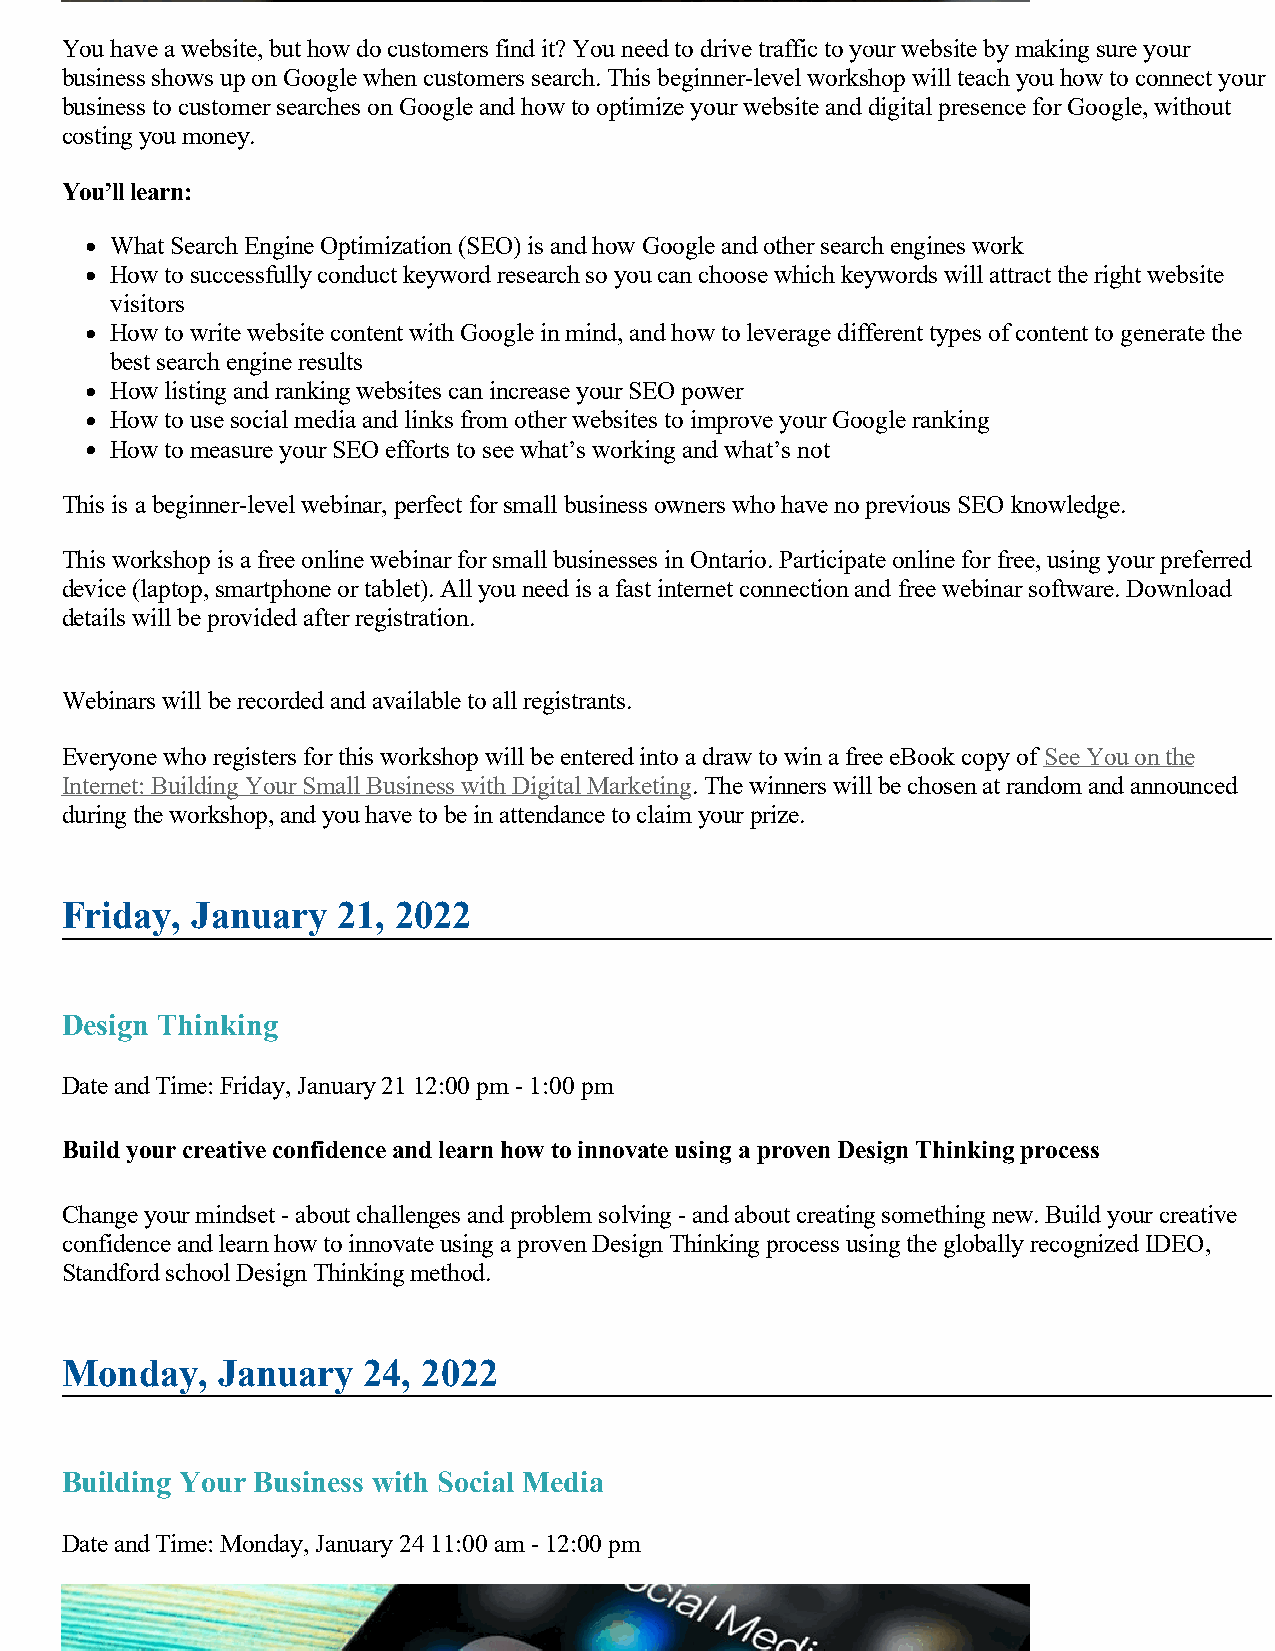
You have a website, but how do customers find it? You need to drive traffic to your website by making sure your
 business shows up on Google when customers search. This beginner-level workshop will teach you how to connect your
 business to customer searches on Google and how to optimize your website and digital presence for Google, without
 costing you money.
 You’ll learn:
 What Search Engine Optimization (SEO) is and how Google and other search engines work
 How to successfully conduct keyword research so you can choose which keywords will attract the right website
 visitors
 How to write website content with Google in mind, and how to leverage different types of content to generate the
 best search engine results
 How listing and ranking websites can increase your SEO power
 How to use social media and links from other websites to improve your Google ranking
 How to measure your SEO efforts to see what’s working and what’s not
 This is a beginner-level webinar, perfect for small business owners who have no previous SEO knowledge.
 This workshop is a free online webinar for small businesses in Ontario. Participate online for free, using your preferred
 device (laptop, smartphone or tablet). All you need is a fast internet connection and free webinar software. Download
 details will be provided after registration.
 Webinars will be recorded and available to all registrants.
 Everyone who registers for this workshop will be entered into a draw to win a free eBook copy of See You on the
 Internet: Building Your Small Business with Digital Marketing. The winners will be chosen at random and announced
 during the workshop, and you have to be in attendance to claim your prize.
 Friday,  January  21, 2022
 Design Thinking
 Date and Time: Friday, January 21 12:00 pm - 1:00 pm
 Build your creative confidence and learn how to innovate using a proven Design Thinking process
 Change your mindset - about challenges and problem solving - and about creating something new. Build your creative
 confidence and learn how to innovate using a proven Design Thinking process using the globally recognized IDEO,
 Standford school Design Thinking method.
 Monday,   January   24, 2022
 Building Your Business with Social Media
 Date and Time: Monday, January 24 11:00 am - 12:00 pm